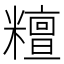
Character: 𥼷